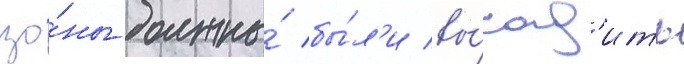
зо́ны должны́ бы́л'и вы́сад'ить